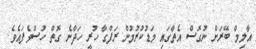
އާލިމް ބޭރަށް ނުގޮސް އެތާގައި މަޑުކުރުމުން ރަފްގާ ހުރީ ހަދާނެ ގޮތް ހުސްވެފައެވެ.